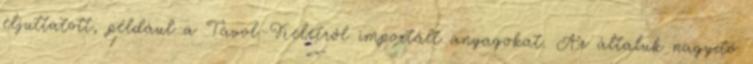
eljuttatott, például a Távol-Keletről importált anyagokat. Az általuk nagyító